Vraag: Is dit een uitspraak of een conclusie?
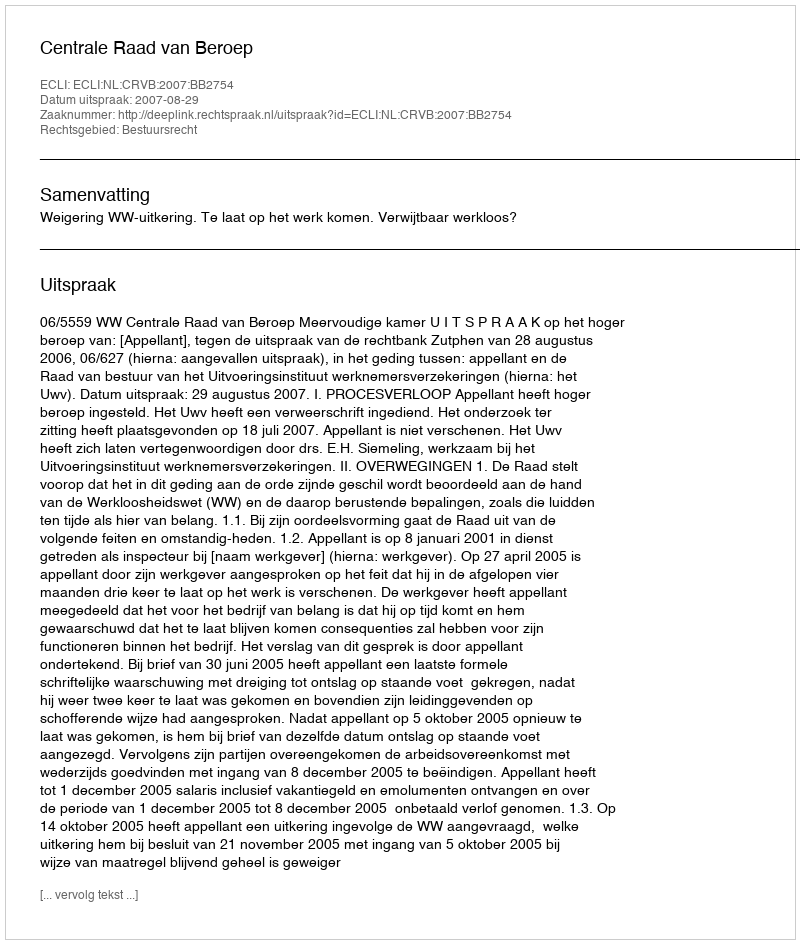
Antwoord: Uitspraak